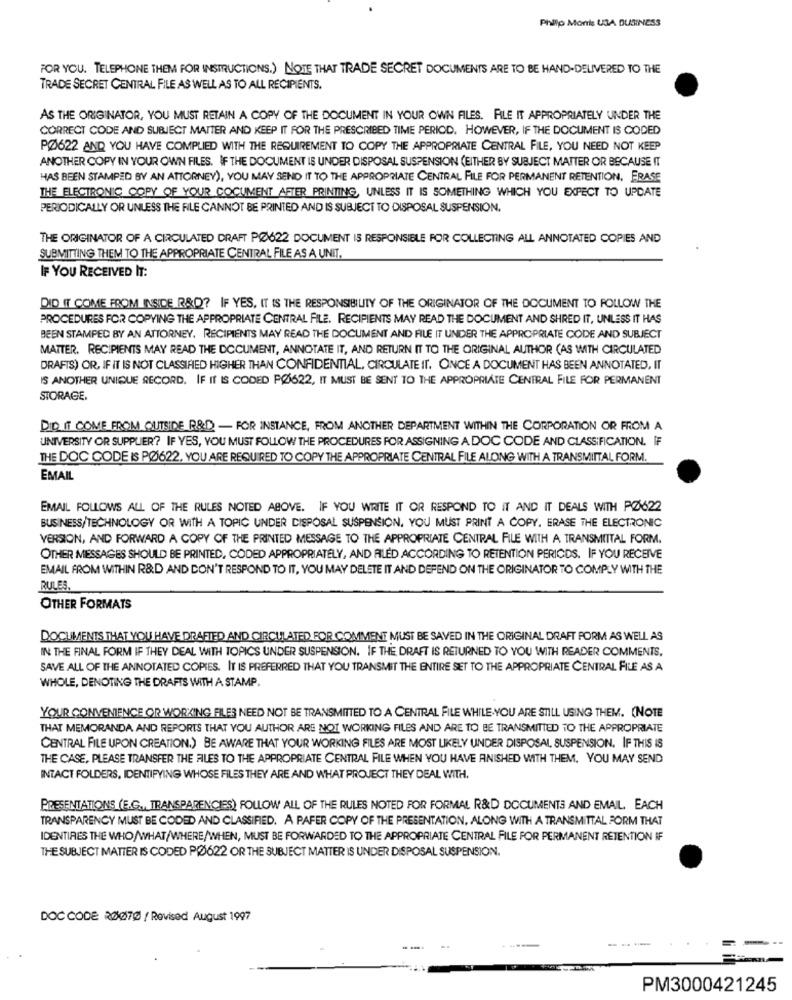
Philip Morris USA BUSINESS
FOR YOU. TELEPHONE THEM FOR INSTRUCTIONS.) NOTE THAT TRADE SECRET DOCUMENTS ARE TO BE HAND-DELIVERED TO THE
TRADE SECRET CENTRAL FILE AS WELL AS TO ALL RECIPIENTS.
AS THE ORIGINATOR, YOU MUST RETAIN A COPY OF THE DOCUMENT IN YOUR OWN FILES. FILE IT APPROPRIATELY UNDER THE
CORRECT CODE AND SUBJECT MATTER AND KEEP IT FOR THE PRESCRIBED TIME PERIOD. HOWEVER, IF THE DOCUMENT IS CODED
PØ622 AND YOU HAVE COMPLIED WITH THE REQUIREMENT TO COPY THE APPROPRIATE CENTRAL FILE, YOU NEED NOT KEEP
ANOTHER COPY IN YOUR OWN FILES. IF THE DOCUMENT IS UNDER DISPOSAL SUSPENSION (EITHER BY SUBJECT MATTER OR BECAUSE IT
HAS BEEN STAMPED BY AN ATTORNEY), YOU MAY SEND IT TO THE APPROPRIATE CENTRAL FILE FOR PERMANENT RETENTION. ERASE
THE ELECTRONIC COPY OF YOUR DOCUMENT AFTER PRINTING, UNLESS IT IS SOMETHING WHICH YOU EXPECT TO UPDATE
PERIODICALLY OR UNLESS THE FILE CANNOT BE PRINTED AND IS SUBJECT TO DISPOSAL SUSPENSION.
THE ORIGINATOR OF A CIRCULATED DRAFT PØ622 DOCUMENT IS RESPONSIBLE FOR COLLECTING ALL ANNOTATED COPIES AND
SUBMITTING THEM TO THE APPROPRIATE CENTRAL FILE AS A UNIT.
IF YOU RECEIVED IT:
DID IT COME FROM INSIDE R&D? IF YES, IT IS THE RESPONSIBILITY OF THE ORIGINATOR OF THE DOCUMENT TO FOLLOW THE
PROCEDURES FOR COPYING THE APPROPRIATE CENTRAL FILE. RECIPIENTS MAY READ THE DOCUMENT AND SHRED IT, UNLESS IT HAS
BEEN STAMPED BY AN ATTORNEY. RECIPIENTS MAY READ THE DOCUMENT AND FILE IT UNDER THE APPROPRIATE CODE AND SUBJECT
MATTER. RECIPIENTS MAY READ THE DOCUMENT, ANNOTATE IT, AND RETURN IT TO THE ORIGINAL AUTHOR (AS WITH CIRCULATED
DRAFTS) OR, IF IT IS NOT CLASSIFIED HIGHER THAN CONFIDENTIAL, CIRCULATE IT. ONCE A DOCUMENT HAS BEEN ANNOTATED, IT
IS ANOTHER UNIQUE RECORD. IF IT IS CODED PØ622, IT MUST BE SENT TO THE APPROPRIATE CENTRAL FILE FOR PERMANENT
STORAGE,
DID IT COME FROM OUTSIDE R&D) - FOR INSTANCE, FROM ANOTHER DEPARTMENT WITHIN THE CORPORATION OR FROM A
UNIVERSITY OR SUPPLIER? IF YES, YOU MUST FOLLOW THE PROCEDURES FOR ASSIGNING A. DOC CODE AND CLASSIFICATION. IF
THE DOC CODE IS PØ622, YOU ARE REQUIRED TO COPY THE APPROPRIATE CENTRAL FILE ALONG WITH A TRANSMITTAL FORM.
EMAIL
EMAIL FOLLOWS ALL OF THE RULES NOTED ABOVE. IF YOU WRITE IT OR RESPOND TO IT AND IT DEALS WITH PØ622
BUSINESS/TECHNOLOGY OR WITH A TOPIC UNDER DISPOSAL SUSPENSION, YOU MUST PRINT A COPY. ERASE THE ELECTRONIC
VERSION, AND FORWARD A COPY OF THE PRINTED MESSAGE TO THE APPROPRIATE CENTRAL FILE WITH A TRANSMITTAL FORM.
OTHER MESSAGES SHOULD BE PRINTED, CODED APPROPRIATELY, AND RILED ACCORDING TO RETENTION PERIODS. IF YOU RECEIVE
EMAIL FROM WITHIN R&D AND DON'T RESPOND TO IT, YOU MAY DELETE IT AND DEFEND ON THE ORIGINATOR TO COMPLY WITH THE
RULES.
OTHER FORMATS
DOCUMENTS THAT YOU HAVE DRAFTED AND CIRCULATED FOR COMMENT MUST BE SAVED IN THE ORIGINAL DRAFT FORM AS WELL AS
IN THE FINAL FORM IF THEY DEAL WITH TOPICS UNDER SUSPENSION. IF THE DRAFT IS RETURNED TO YOU WITH READER COMMENTS,
SAVE ALL OF THE ANNOTATED COPIES. IT IS PREFERRED THAT YOU TRANSMIT THE ENTIRE SET TO THE APPROPRIATE CENTRAL FILE AS A
WHOLE, DENOTING THE DRAFTS WITH A STAMP.
YOUR CONVENIENCE OR WORKING FILER NEED NOT BE TRANSMITTED TO A CENTRAL FILE WHILE YOU ARE STILL USING THEM. (NOTE
THAT MEMORANDA AND REPORTS THAT YOU AUTHOR ARE NOT WORKING FILES AND ARE TO BE TRANSMITTED TO THE APPROPRIATE
CENTRAL FILE UPON CREATION.) BE AWARE THAT YOUR WORKING FILES ARE MOST LIKELY UNDER DISPOSAL, SUSPENSION. IF THIS IS
THE CASE, PLEASE TRANSFER THE FILES TO THE APPROPRIATE CENTRAL FILE WHEN YOU HAVE ANISHED WITH THEM. YOU MAY SEND
INTACT FOLDERS, IDENTIFYING WHOSE FILES THEY ARE AND WHAT PROJECT THEY DEAL WITH.
PRESENTATIONS (E.G ., TRANSPARENCIES) FOLLOW ALL OF THE RULES NOTED FOR FORMAL R&D DOCUMENTS AND EMAIL, EACH
TRANSPARENCY MUST BE CODED AND CLASSIFIED. A PAFER COPY OF THE PRESENTATION, ALONG WITH A TRANSMITTAL FORM THAT
IDENTIRES THE WHO/WHAT/WHERE/WHEN, MUST BE FORWARDED TO THE APPROPRIATE CENTRAL FILE FOR PERMANENT RETENTION IF
THE SUBJECT MATTER IS CODED PØ622 OR THE SUBJECT MATTER IS UNDER DISPOSAL SUSPENSION.
DOC CODE RØ070 / Revised August 1997
---
PM3000421245